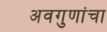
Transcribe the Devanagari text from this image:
अवगुणांचा